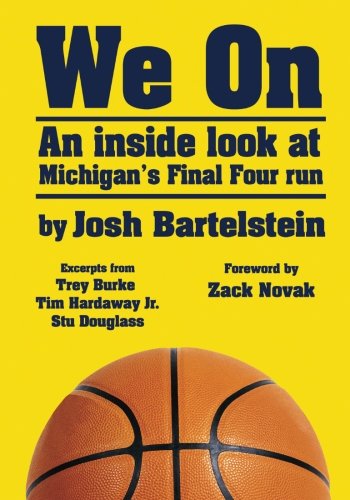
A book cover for We On: An inside look at Michigan's Final Four run; Josh Bartelstein; Sports & Outdoors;